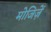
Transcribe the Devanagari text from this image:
मोजिज़ें